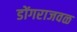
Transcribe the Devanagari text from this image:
डोंगराजवळ